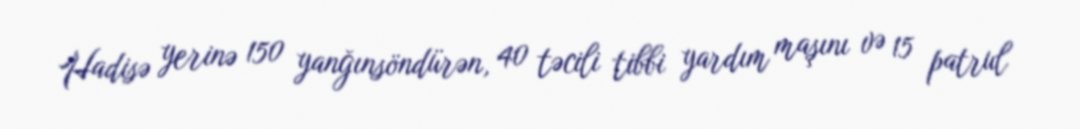
Hadisə yerinə 150 yanğınsöndürən, 40 təcili tibbi yardım maşını və 15 patrul